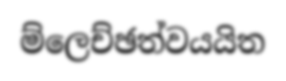
ම්ලෙච්ඡත්වයයිත